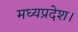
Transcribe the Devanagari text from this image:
मध्‍यप्रदेश।